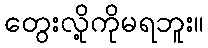
တွေးလို့ကိုမရဘူး။